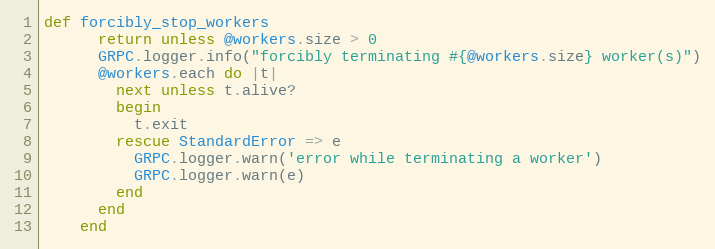
Language: Ruby
def forcibly_stop_workers
      return unless @workers.size > 0
      GRPC.logger.info("forcibly terminating #{@workers.size} worker(s)")
      @workers.each do |t|
        next unless t.alive?
        begin
          t.exit
        rescue StandardError => e
          GRPC.logger.warn('error while terminating a worker')
          GRPC.logger.warn(e)
        end
      end
    end